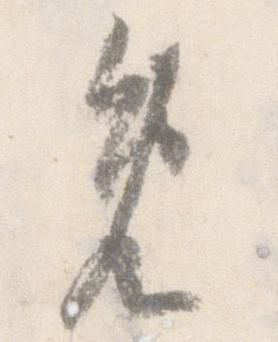
免